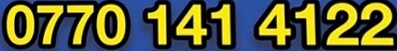
0770 141 4122